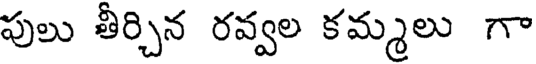
పులు తీర్చిన రవ్వల కమ్మలు గా